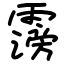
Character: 霶